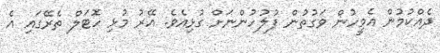
ދެއްކުމުން އެމީހުން ވަގުތުން ފުލުހުންނަށް ގުޅިއެވެ. އޭރު މުޅި ހޮޓަލް ތެރޭގައި އެ